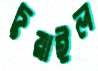
চুয়াইল